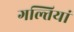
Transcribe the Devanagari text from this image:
गल्तियां